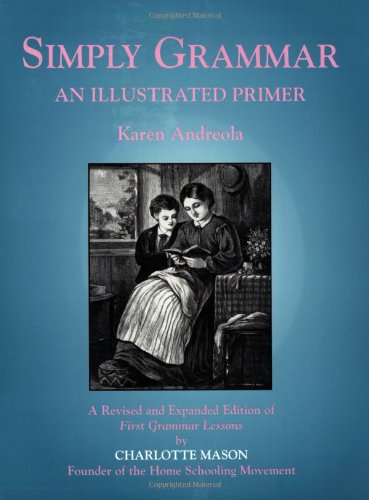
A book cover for Simply Grammar: An Illustrated Primer; Karen Andreola; Christian Books & Bibles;